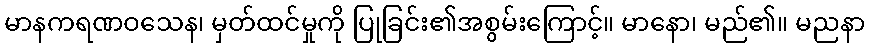
မာနကရဏဝသေန၊ မှတ်ထင်မှုကို ပြုခြင်း၏အစွမ်းကြောင့်။ မာနော၊ မည်၏။ မညနာ